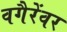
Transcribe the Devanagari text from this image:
वगैरेंवर